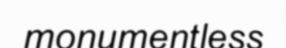
monumentless